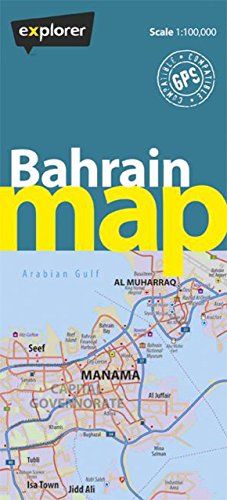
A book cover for Bahrain Map (Country Maps); Explorer Publishing; Travel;